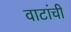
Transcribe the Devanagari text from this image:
वाटांची